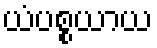
ယံပစ္စယာယ